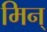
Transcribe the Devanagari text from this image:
मिन्‌